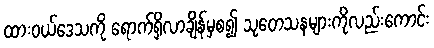
ထားဝယ်ဒေသကို ရောက်ရှိလာချိန်မှစ၍ သုတေသနများကိုလည်းကောင်း